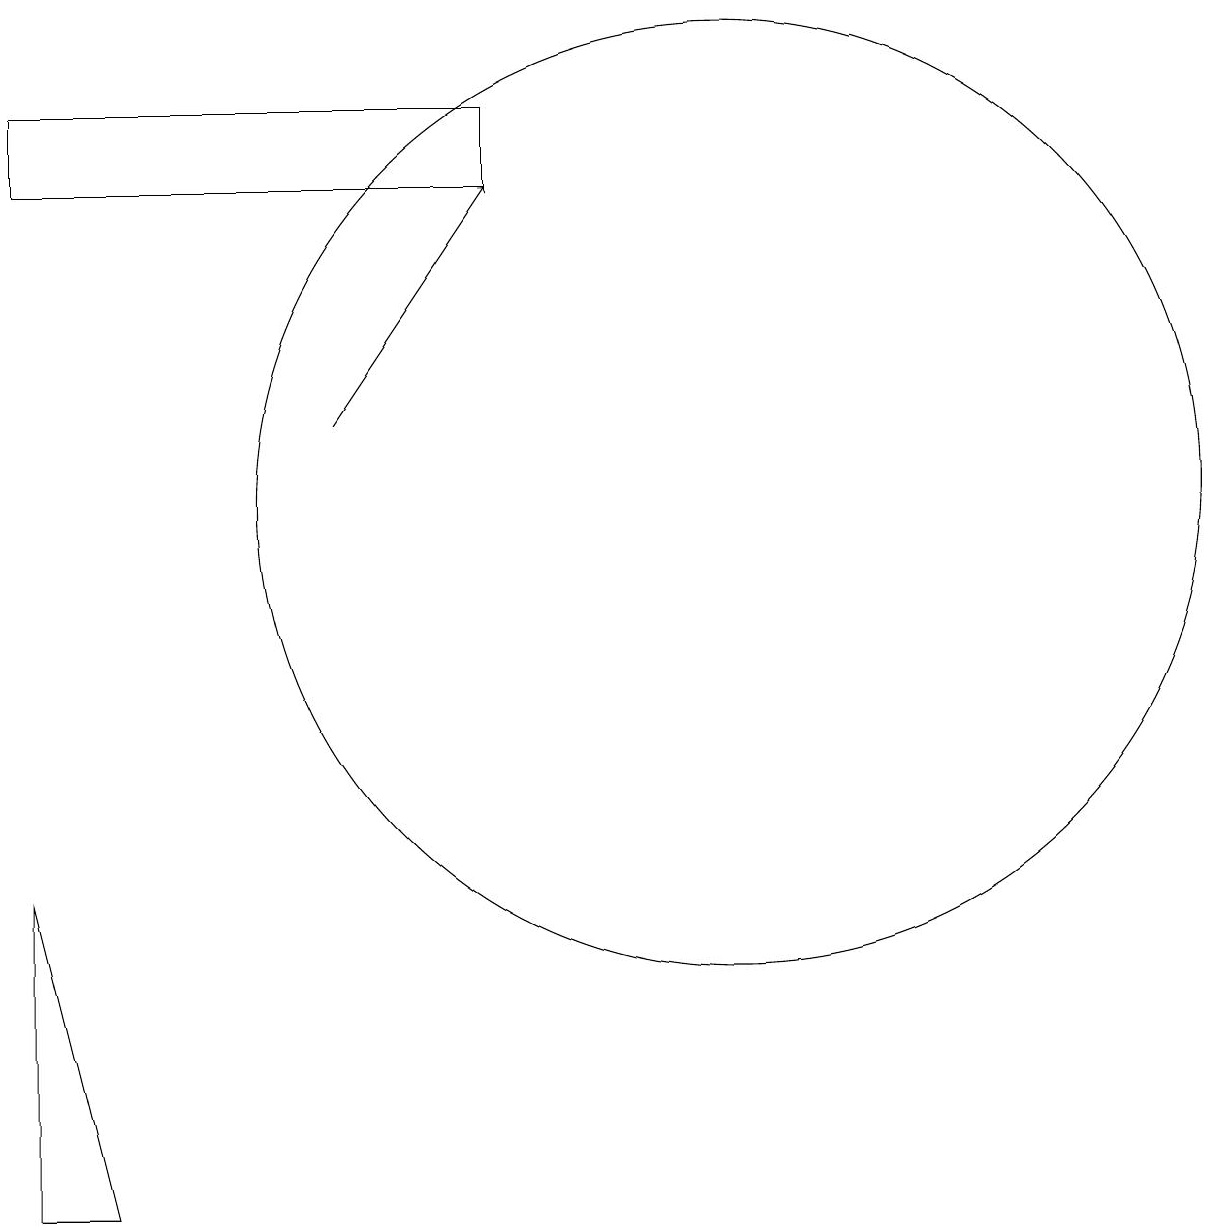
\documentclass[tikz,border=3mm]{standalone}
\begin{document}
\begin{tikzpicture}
\draw (2,15) rectangle (8,14);
\draw (11,10) circle (6);
\draw[->] (6,11) -- (8,14);
\draw (3,1) -- (2,5) -- (2,1) -- cycle;
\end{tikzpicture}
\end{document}